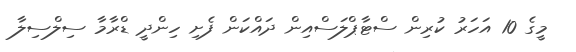
މީގެ 10 އަހަރު ކުރިން ސްޓާޕްލަސްއިން ދައްކަން ފެށި ހިންދީ ޑްރާމާ ސިލްސިލާ